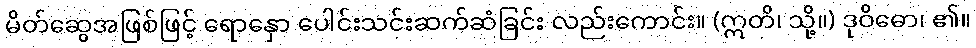
မိတ်ဆွေအဖြစ်ဖြင့် ရောနှော ပေါင်းသင်းဆက်ဆံခြင်း လည်းကောင်း။ (ဣတိ၊ သို့။) ဒုဝိဓော၊ ၏။